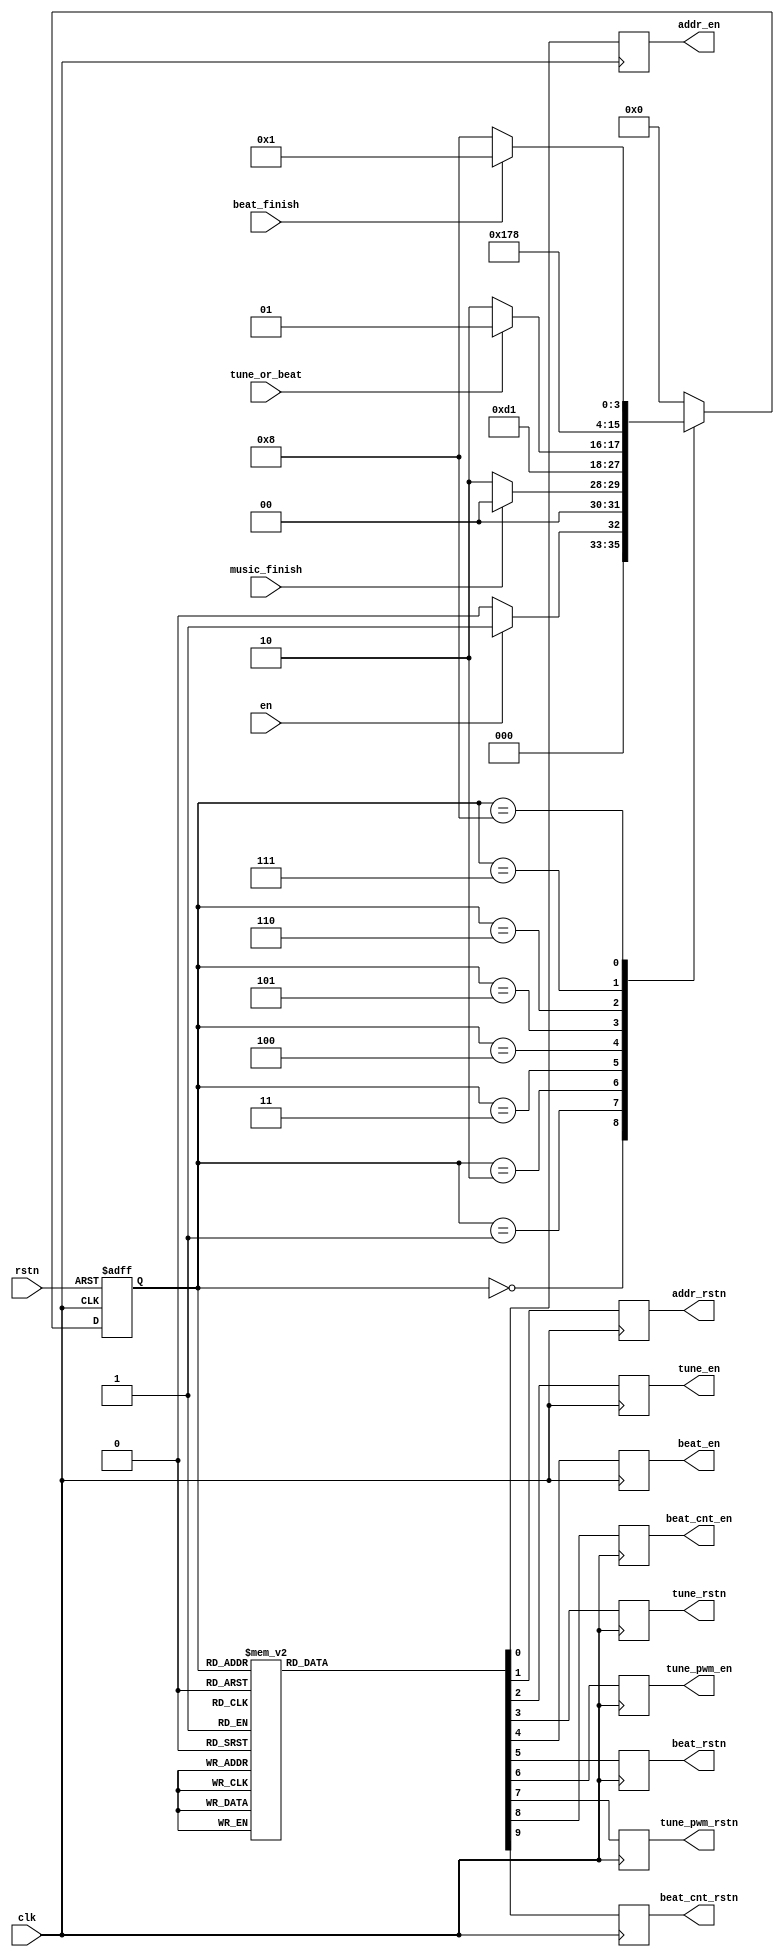
module bzmusic_ctrl(
    input   clk,
    input   en,
    input   rstn,
    input   tune_or_beat,
    input   music_finish,
    input   beat_finish,
    output  reg addr_en,
    output  reg addr_rstn,
    output  reg tune_en,
    output  reg tune_rstn,
    output  reg beat_en,
    output  reg beat_rstn,
    output  reg tune_pwm_en,
    output  reg tune_pwm_rstn,
    output  reg beat_cnt_en,
    output  reg beat_cnt_rstn
);

parameter IDLE  = 4'b0000;
parameter ADD   = 4'b0001;
parameter DF1   = 4'b0010;//delay
parameter DF2   = 4'b0011;//delay
parameter JUDGE = 4'b0100;
parameter ID_t  = 4'b0101;//wait read tune 
parameter ID_b  = 4'b0110;//wait read beat
parameter DELAY = 4'b0111;
parameter EX    = 4'b1000;

reg  [3:0]  state;
reg  [3:0]  state_nxt;

always @(en or tune_or_beat or beat_finish or music_finish or state) begin
    case (state)
        IDLE :begin
            if (en) begin
                state_nxt = ADD;
            end else begin
                state_nxt = IDLE;
            end
        end
        ADD  :begin
            if (music_finish) begin
                state_nxt = IDLE;
            end else begin
                state_nxt = DF1;
            end
        end
        DF1  :state_nxt = DF2;
        DF2  :state_nxt = JUDGE;
        JUDGE:begin
            if (tune_or_beat) begin
                state_nxt = ID_t;
            end else begin
                state_nxt = ID_b;
            end
        end
        ID_t :state_nxt = ADD;
        ID_b :state_nxt = DELAY;
        DELAY:state_nxt = EX;
        EX   :begin
            if (beat_finish) begin
                state_nxt = ADD;
            end else begin
                state_nxt = EX;
            end
        end
        default: state_nxt = IDLE;
    endcase
end

always @(posedge clk or negedge rstn) begin
    if (!rstn) begin
        state <= IDLE;
    end else begin
        state <= state_nxt;
    end
end

always @(posedge clk) begin
    case (state)
        IDLE:begin
            addr_en <= 1'b0;
            addr_rstn <= 1'b0;
            tune_en <= 1'b0;
            tune_rstn <= 1'b0;
            beat_en <= 1'b0;
            beat_rstn <= 1'b0;
            tune_pwm_en <= 1'b0;
            tune_pwm_rstn <= 1'b0;
            beat_cnt_en <= 1'b0;
            beat_cnt_rstn <= 1'b0;
        end  
        ADD:begin
            addr_en <= 1'b1;
            addr_rstn <= 1'b1;
            tune_en <= 1'b0;
            tune_rstn <= 1'b1;
            beat_en <= 1'b0;
            beat_rstn <= 1'b1;
            tune_pwm_en <= 1'b0;
            tune_pwm_rstn <= 1'b0;
            beat_cnt_en <= 1'b0;
            beat_cnt_rstn <= 1'b0;
        end       
        DF1:begin
            addr_en <= 1'b0;
            addr_rstn <= 1'b1;
            tune_en <= 1'b0;
            tune_rstn <= 1'b1;
            beat_en <= 1'b0;
            beat_rstn <= 1'b1;
            tune_pwm_en <= 1'b0;
            tune_pwm_rstn <= 1'b0;
            beat_cnt_en <= 1'b0;
            beat_cnt_rstn <= 1'b0;
        end  
        DF2:begin
            addr_en <= 1'b0;
            addr_rstn <= 1'b1;
            tune_en <= 1'b0;
            tune_rstn <= 1'b1;
            beat_en <= 1'b0;
            beat_rstn <= 1'b1;
            tune_pwm_en <= 1'b0;
            tune_pwm_rstn <= 1'b0;
            beat_cnt_en <= 1'b0;
            beat_cnt_rstn <= 1'b0;
        end
        JUDGE:begin
            addr_en <= 1'b0;
            addr_rstn <= 1'b1;
            tune_en <= 1'b0;
            tune_rstn <= 1'b1;
            beat_en <= 1'b0;
            beat_rstn <= 1'b1;
            tune_pwm_en <= 1'b0;
            tune_pwm_rstn <= 1'b0;
            beat_cnt_en <= 1'b0;
            beat_cnt_rstn <= 1'b0;           
        end
        ID_t:begin
            addr_en <= 1'b0;
            addr_rstn <= 1'b1;
            tune_en <= 1'b1;
            tune_rstn <= 1'b1;
            beat_en <= 1'b0;
            beat_rstn <= 1'b1;
            tune_pwm_en <= 1'b0;
            tune_pwm_rstn <= 1'b0;
            beat_cnt_en <= 1'b0;
            beat_cnt_rstn <= 1'b0;
        end
        ID_b:begin
            addr_en <= 1'b0;
            addr_rstn <= 1'b1;
            tune_en <= 1'b0;
            tune_rstn <= 1'b1;
            beat_en <= 1'b1;
            beat_rstn <= 1'b1;
            tune_pwm_en <= 1'b0;
            tune_pwm_rstn <= 1'b0;
            beat_cnt_en <= 1'b0;
            beat_cnt_rstn <= 1'b0;
        end
        DELAY:begin
            addr_en <= 1'b0;
            addr_rstn <= 1'b1;
            tune_en <= 1'b0;
            tune_rstn <= 1'b1;
            beat_en <= 1'b0;
            beat_rstn <= 1'b1;
            tune_pwm_en <= 1'b0;
            tune_pwm_rstn <= 1'b0;
            beat_cnt_en <= 1'b0;
            beat_cnt_rstn <= 1'b0;
        end      
        EX:begin
            addr_en <= 1'b0;
            addr_rstn <= 1'b1;
            tune_en <= 1'b0;
            tune_rstn <= 1'b1;
            beat_en <= 1'b0;
            beat_rstn <= 1'b1;
            tune_pwm_en <= 1'b1;
            tune_pwm_rstn <= 1'b1;
            beat_cnt_en <= 1'b1;
            beat_cnt_rstn <= 1'b1;
        end 
        default:begin
            addr_en <= 1'b0;
            addr_rstn <= 1'b0;
            tune_en <= 1'b0;
            tune_rstn <= 1'b0;
            beat_en <= 1'b0;
            beat_rstn <= 1'b0;
            tune_pwm_en <= 1'b0;
            tune_pwm_rstn <= 1'b0;
            beat_cnt_en <= 1'b0;
            beat_cnt_rstn <= 1'b0;
        end
    endcase
end

endmodule